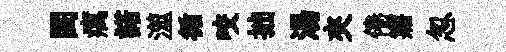
閨癘諾澨循咬拙湯夾倦寤忽